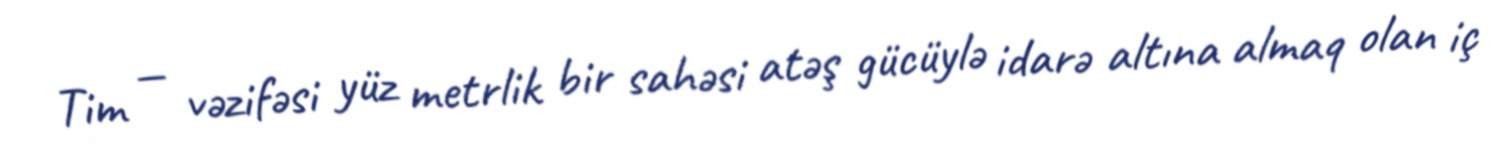
Tim — vəzifəsi yüz metrlik bir sahəsi atəş gücüylə idarə altına almaq olan iç